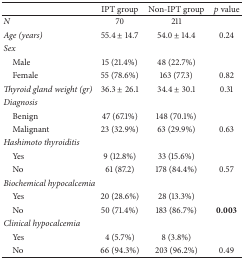
|  | IPT group | Non-IPT group | p value |
 | --- | --- | --- | --- |
 | N | 70 | 211 |  |
 | Age (years) | 55.4 ± 14.7 | 54.0 ± 14.4 | 0.24 |
 | Sex |  |  |  |
 | Male | 15 (21.4%) | 48 (22.7%) |  |
 | Female | 55 (78.6%) | 163 (77.3) | 0.82 |
 | Thyroid gland weight (gr) | 36.3 ± 26.1 | 34.4 ± 30.1 | 0.31 |
 | Diagnosis |  |  |  |
 | Benign | 47 (67.1%) | 148 (70.1%) |  |
 | Malignant | 23 (32.9%) | 63 (29.9%) | 0.63 |
 | Hashimoto thyroiditis |  |  |  |
 | Yes | 9 (12.8%) | 33 (15.6%) |  |
 | No | 61 (87.2) | 178 (84.4%) | 0.57 |
 | Biochemical hypocalcemia |  |  |  |
 | Yes | 20 (28.6%) | 28 (13.3%) |  |
 | No | 50 (71.4%) | 183 (86.7%) | 0.003 |
 | Clinical hypocalcemia |  |  |  |
 | Yes | 4 (5.7%) | 8 (3.8%) |  |
 | No | 66 (94.3%) | 203 (96.2%) | 0.49 |